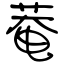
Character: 菴